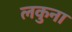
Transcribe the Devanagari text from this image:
लकुना